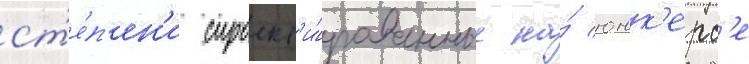
ст'е́п'ен'и спроект'и́рованные на́ юнк'ерс'е